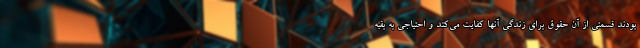
بودند قسمتی از آن حقوق برای زندگی آنها کفایت می‌کند و احتیاجی به بقیه